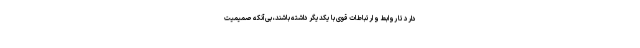
دارد تا روابط و ارتباطات قوی با یکدیگر داشته باشند، بی‌آنکه صمیمیت